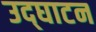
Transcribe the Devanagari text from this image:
उद्‌घाटन